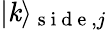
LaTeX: \vert\mathit{k}\rangle_{\mathrm{{~s~i~d~e~}},j}